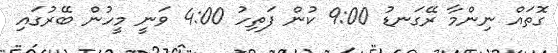
ގޮތައް ނިންމާ ރޭގަނޑު 9:00 ކުން ފަތިހު 4:00 ވަނީ މީހުން ބޭރުގައި